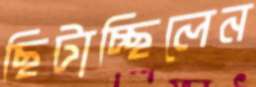
ছিটাচ্ছিলেন